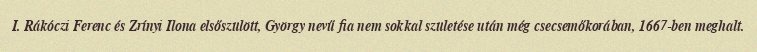
I. Rákóczi Ferenc és Zrínyi Ilona elsőszülött, György nevű fia nem sokkal születése után még csecsemőkorában, 1667-ben meghalt.